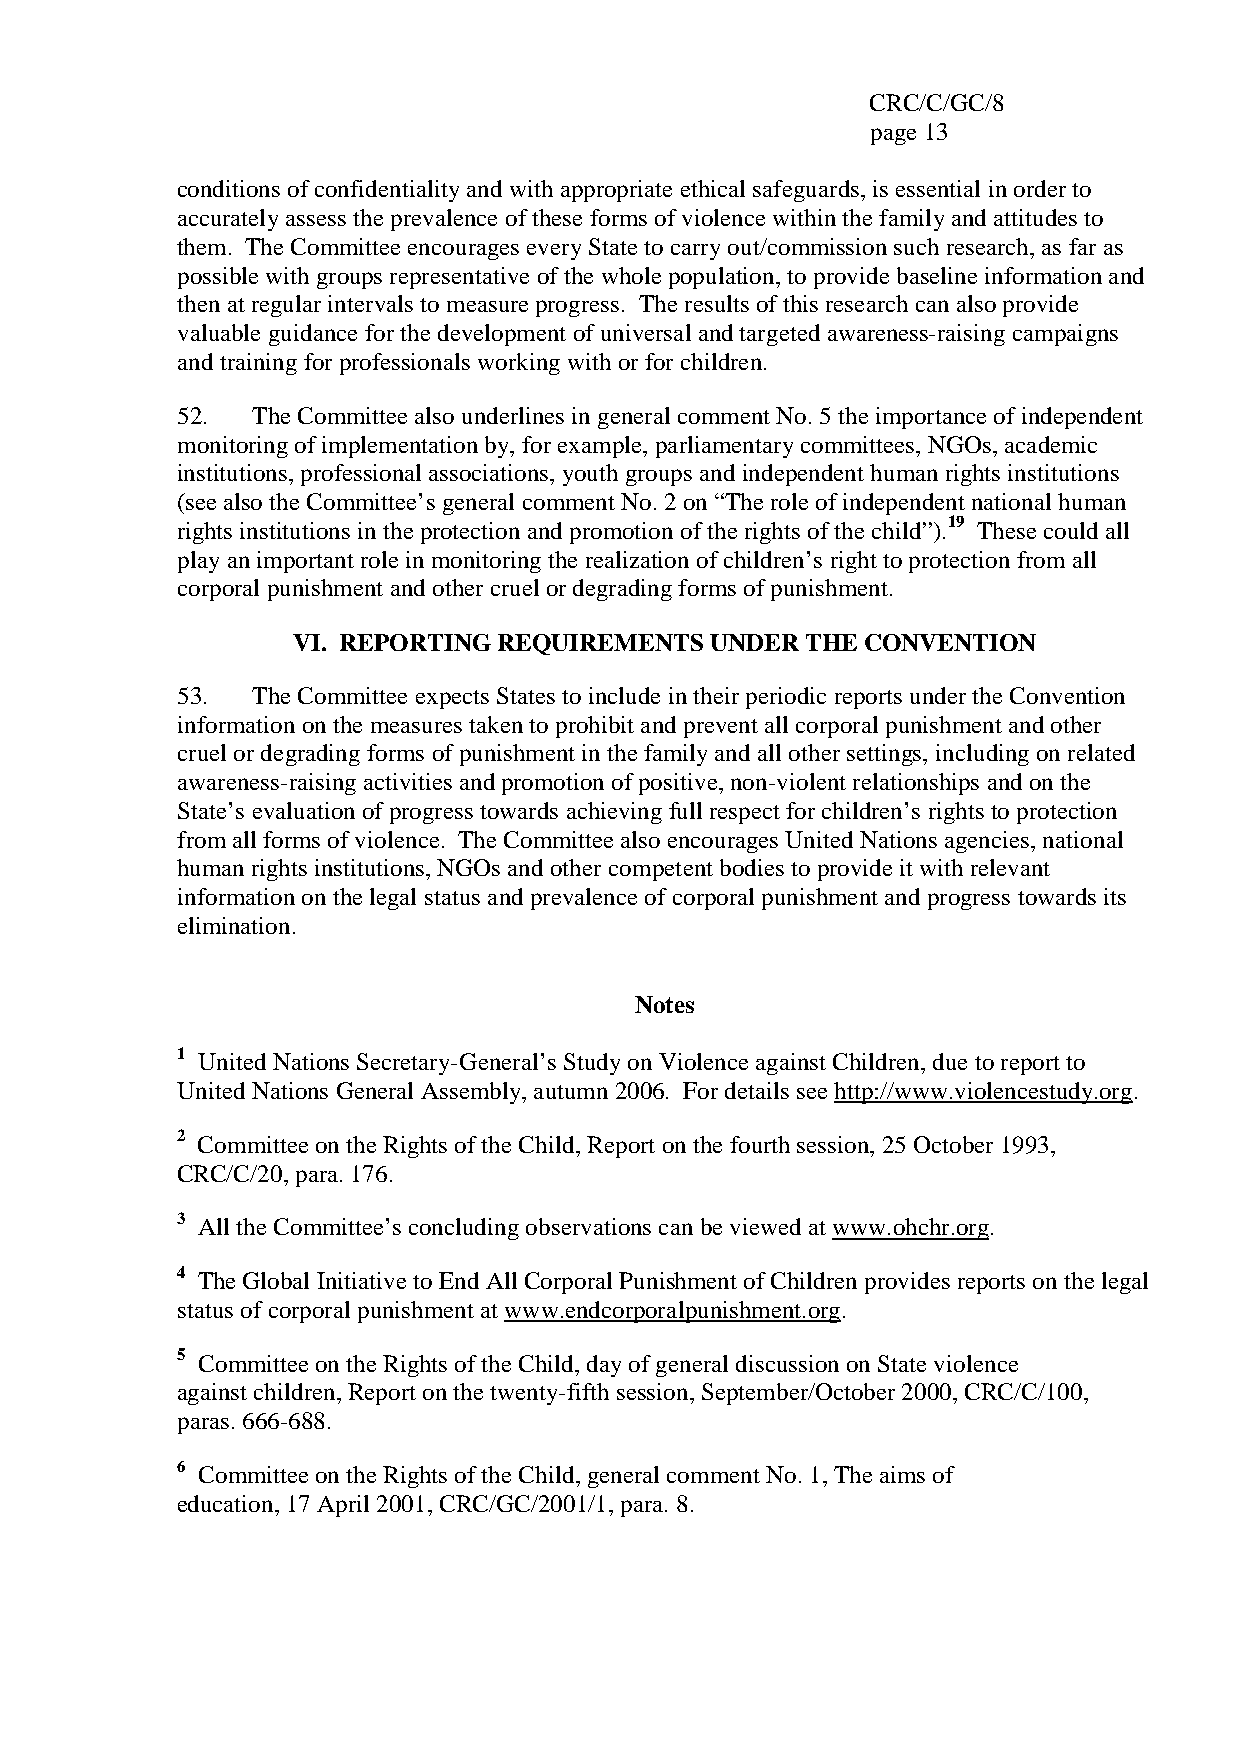
CRC/C/GC/8
 page 13
 conditions of confidentiality and with appropriate ethical safeguards, is essential in order to
 accurately assess the prevalence of these forms of violence within the family and attitudes to
 them. The Committee encourages every State to carry out/commission such research, as far as
 possible with groups representative of the whole population, to provide baseline information and
 then at regular intervals to measure progress. The results of this research can also provide
 valuable guidance for the development of universal and targeted awareness-raising campaigns
 and training for professionals working with or for children.
 52.  The Committee also underlines in general comment No. 5 the importance of independent
 monitoring of implementation by, for example, parliamentary committees, NGOs, academic
 institutions, professional associations, youth groups and independent human rights institutions
 (see also the Committee’s general comment No. 2 on “The role of independent national human
 rights institutions in the protection and promotion of the rights of the child”).19 These could all
 play an important role in monitoring the realization of children’s right to protection from all
 corporal punishment and other cruel or degrading forms of punishment.
 VI. REPORTING REQUIREMENTS  UNDER THE CONVENTION
 53.  The Committee expects States to include in their periodic reports under the Convention
 information on the measures taken to prohibit and prevent all corporal punishment and other
 cruel or degrading forms of punishment in the family and all other settings, including on related
 awareness-raising activities and promotion of positive, non-violent relationships and on the
 State’s evaluation of progress towards achieving full respect for children’s rights to protection
 from all forms of violence. The Committee also encourages United Nations agencies, national
 human rights institutions, NGOs and other competent bodies to provide it with relevant
 information on the legal status and prevalence of corporal punishment and progress towards its
 elimination.
 Notes
 1 United Nations Secretary-General’s Study on Violence against Children, due to report to
 United Nations General Assembly, autumn 2006. For details see http://www.violencestudy.org.
 2 Committee on the Rights of the Child, Report on the fourth session, 25 October 1993,
 CRC/C/20, para. 176.
 3 All the Committee’s concluding observations can be viewed at www.ohchr.org.
 4 The Global Initiative to End All Corporal Punishment of Children provides reports on the legal
 status of corporal punishment at www.endcorporalpunishment.org.
 5 Committee on the Rights of the Child, day of general discussion on State violence
 against children, Report on the twenty-fifth session, September/October 2000, CRC/C/100,
 paras. 666-688.
 6 Committee on the Rights of the Child, general comment No. 1, The aims of
 education, 17 April 2001, CRC/GC/2001/1, para. 8.